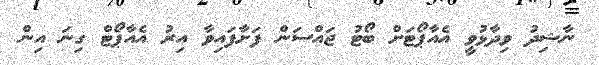
ނާޝިދު ވިދާޅުވީ އެއާޕޯޓަށް ބޯޓު ޖައްސަން ފަށާފައިވާ އިރު އެއާޕޯޓް ގިނަ އިން